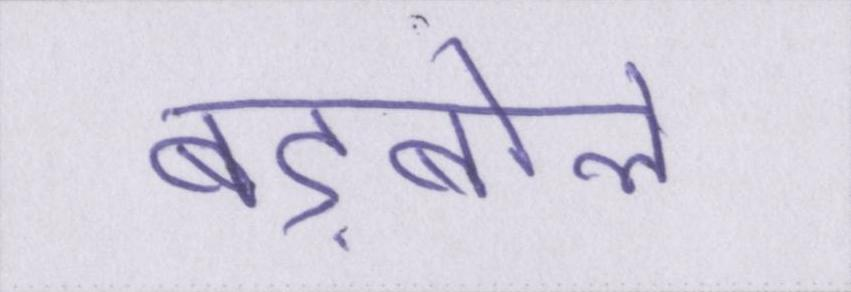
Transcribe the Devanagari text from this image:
बड़बोले